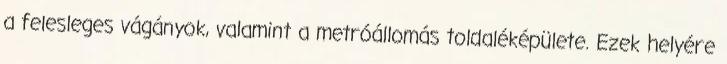
a felesleges vágányok, valamint a metróállomás toldaléképülete. Ezek helyére